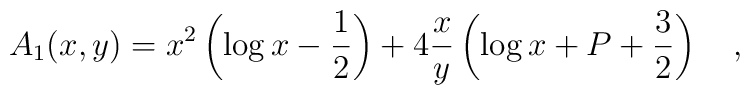
A_1(x,y)=x^2\left(\log x -\frac 12\right)+4 \frac xy \left(\log x+ P + \frac 32\right)~~~,